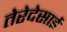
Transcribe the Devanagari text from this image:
तेरेदेसाई